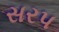
સરપ